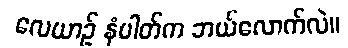
လေယာဉ် နံပါတ်က ဘယ်လောက်လဲ။